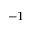
^ { - 1 }